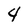
Character: 4